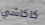
كاكاشي